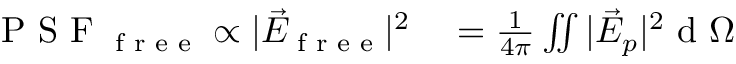
\begin{array} { r l } { \textrm { P S F } _ { \textrm { f r e e } } \propto | \vec { E } _ { \textrm { f r e e } } | ^ { 2 } } & { { } = \frac { 1 } { 4 \pi } \iint | \vec { E } _ { p } | ^ { 2 } \textrm { d } \Omega } \end{array}